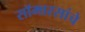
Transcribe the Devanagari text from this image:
सॉमारसांचे